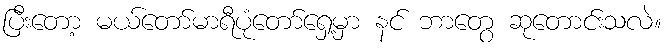
ပြီးတော့ မယ်တော်မာရီပုံတော်ရှေ့မှာ နင် ဘာတွေ ဆုတောင်းသလဲ။